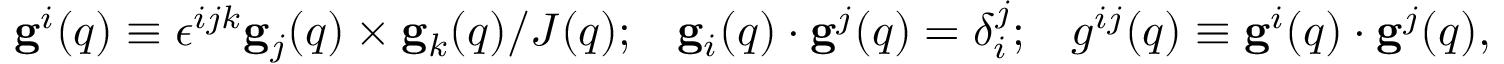
\begin{array} { r } { { \bf g } ^ { i } ( { q } ) \equiv \epsilon ^ { i j k } { \bf g } _ { j } ( { q } ) \times { \bf g } _ { k } ( { q } ) / J ( { q } ) ; \; \; \; { \bf g } _ { i } ( { q } ) \cdot { \bf g } ^ { j } ( { q } ) = \delta _ { i } ^ { j } ; \; \; \; g ^ { i j } ( { q } ) \equiv { \bf g } ^ { i } ( { q } ) \cdot { \bf g } ^ { j } ( { q } ) , } \end{array}